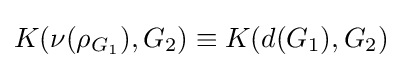
K(\nu (\rho _{G_{1}}),G_{2})\equiv K(d(G_{1}),G_{2})